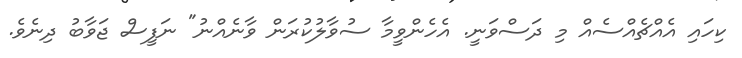
ކިހައި އެއްޗެއްސެއް މި ދަސްވަނީ. އެހެންވީމާ ސުވާލުކުރަން ވާނެއްނު" ނަފީސް ޖަވާބު ދިނެވެ.